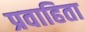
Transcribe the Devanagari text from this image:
प्रवाहिता